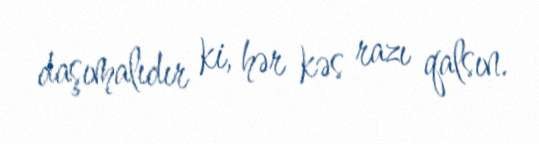
daşımalıdır ki, hər kəs razı qalsın.